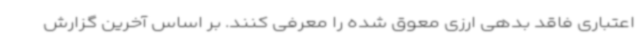
اعتباری فاقد بدهی ارزی معوق شده را معرفی کنند. بر اساس آخرین گزارش